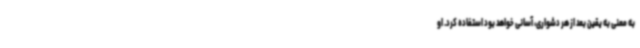
به معنی به یقین بعد از هر دشواری، آسانی خواهد بود استفاده کرد. او